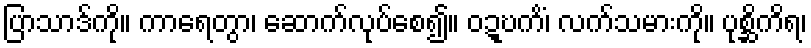
ပြာသာဒ်ကို။ ကာရေတွာ၊ ဆောက်လုပ်စေ၍။ ဝဍ္ဎကိံ၊ လက်သမားကို။ ပုစ္ဆိကိရ၊